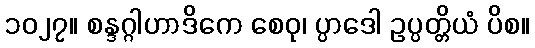
၁၀၂၇။ စန္ဒဂ္ဂါဟာဒိကေ စေဝု၊ ပ္ပာဒေါ ဥပ္ပတ္တိယံ ပိစ။